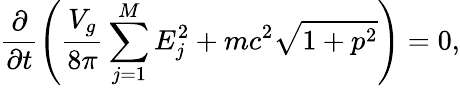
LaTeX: \frac{\partial}{\partial t}\left(\frac{V_{g}}{8\pi}\sum_{j=1}^{M}E_{j}^{2}+mc^{2}\sqrt{1+p^{2}}\right)=0,